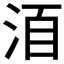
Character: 𣴨